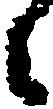
々